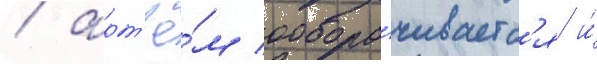
/ арт'ё́м обора́чиваетс'я и́